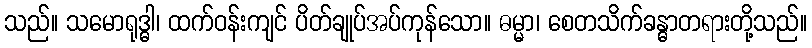
သည်။ သမောရုဒ္ဓါ၊ ထက်ဝန်းကျင် ပိတ်ချုပ်အပ်ကုန်သော။ ဓမ္မာ၊ စေတသိက်ခန္ဓာတရားတို့သည်။